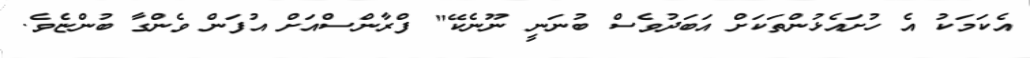
އެކަމަކު އެ ހުށައެޅުންތަކަށް އަބަދުވެސް ބުނަނީ ނޫނެކޭ" ފްރާންސްއަށް އުފަން ވެންގާ ބުންޏެވެ.